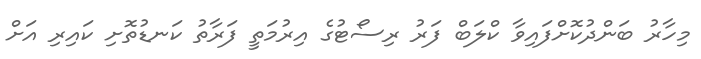
މިހާރު ބަންދުކޮށްފައިވާ ކްލަބް ފަރު ރިސޯޓުގެ އިރުމަތީ ފަރާތު ކަނޑުތޮށި ކައިރި އަށް